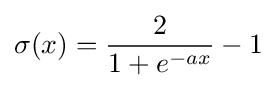
\sigma (x)={\frac {2}{1+e^{-ax}}}-1